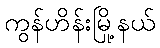
ကွန်ဟိန်းမြို့နယ်